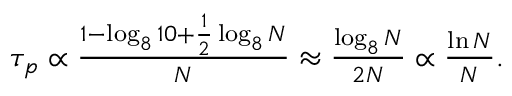
\begin{array} { r } { \tau _ { p } \propto \frac { 1 - \log _ { 8 } { 1 0 } + \frac { 1 } { 2 } \log _ { 8 } { N } } { N } \approx \frac { \log _ { 8 } { N } } { 2 N } \propto \frac { \ln { N } } { N } . } \end{array}